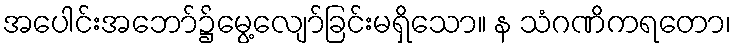
အပေါင်းအဘော်၌မွေ့လျော်ခြင်းမရှိသော။ န သံဂဏိကရတော၊